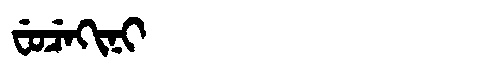
Manchu: ᠸᡠᠴᡝᡴᡳᠨᡳ
Romanization: FUCEKINI